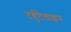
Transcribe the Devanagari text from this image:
टर्बुटैलाइन